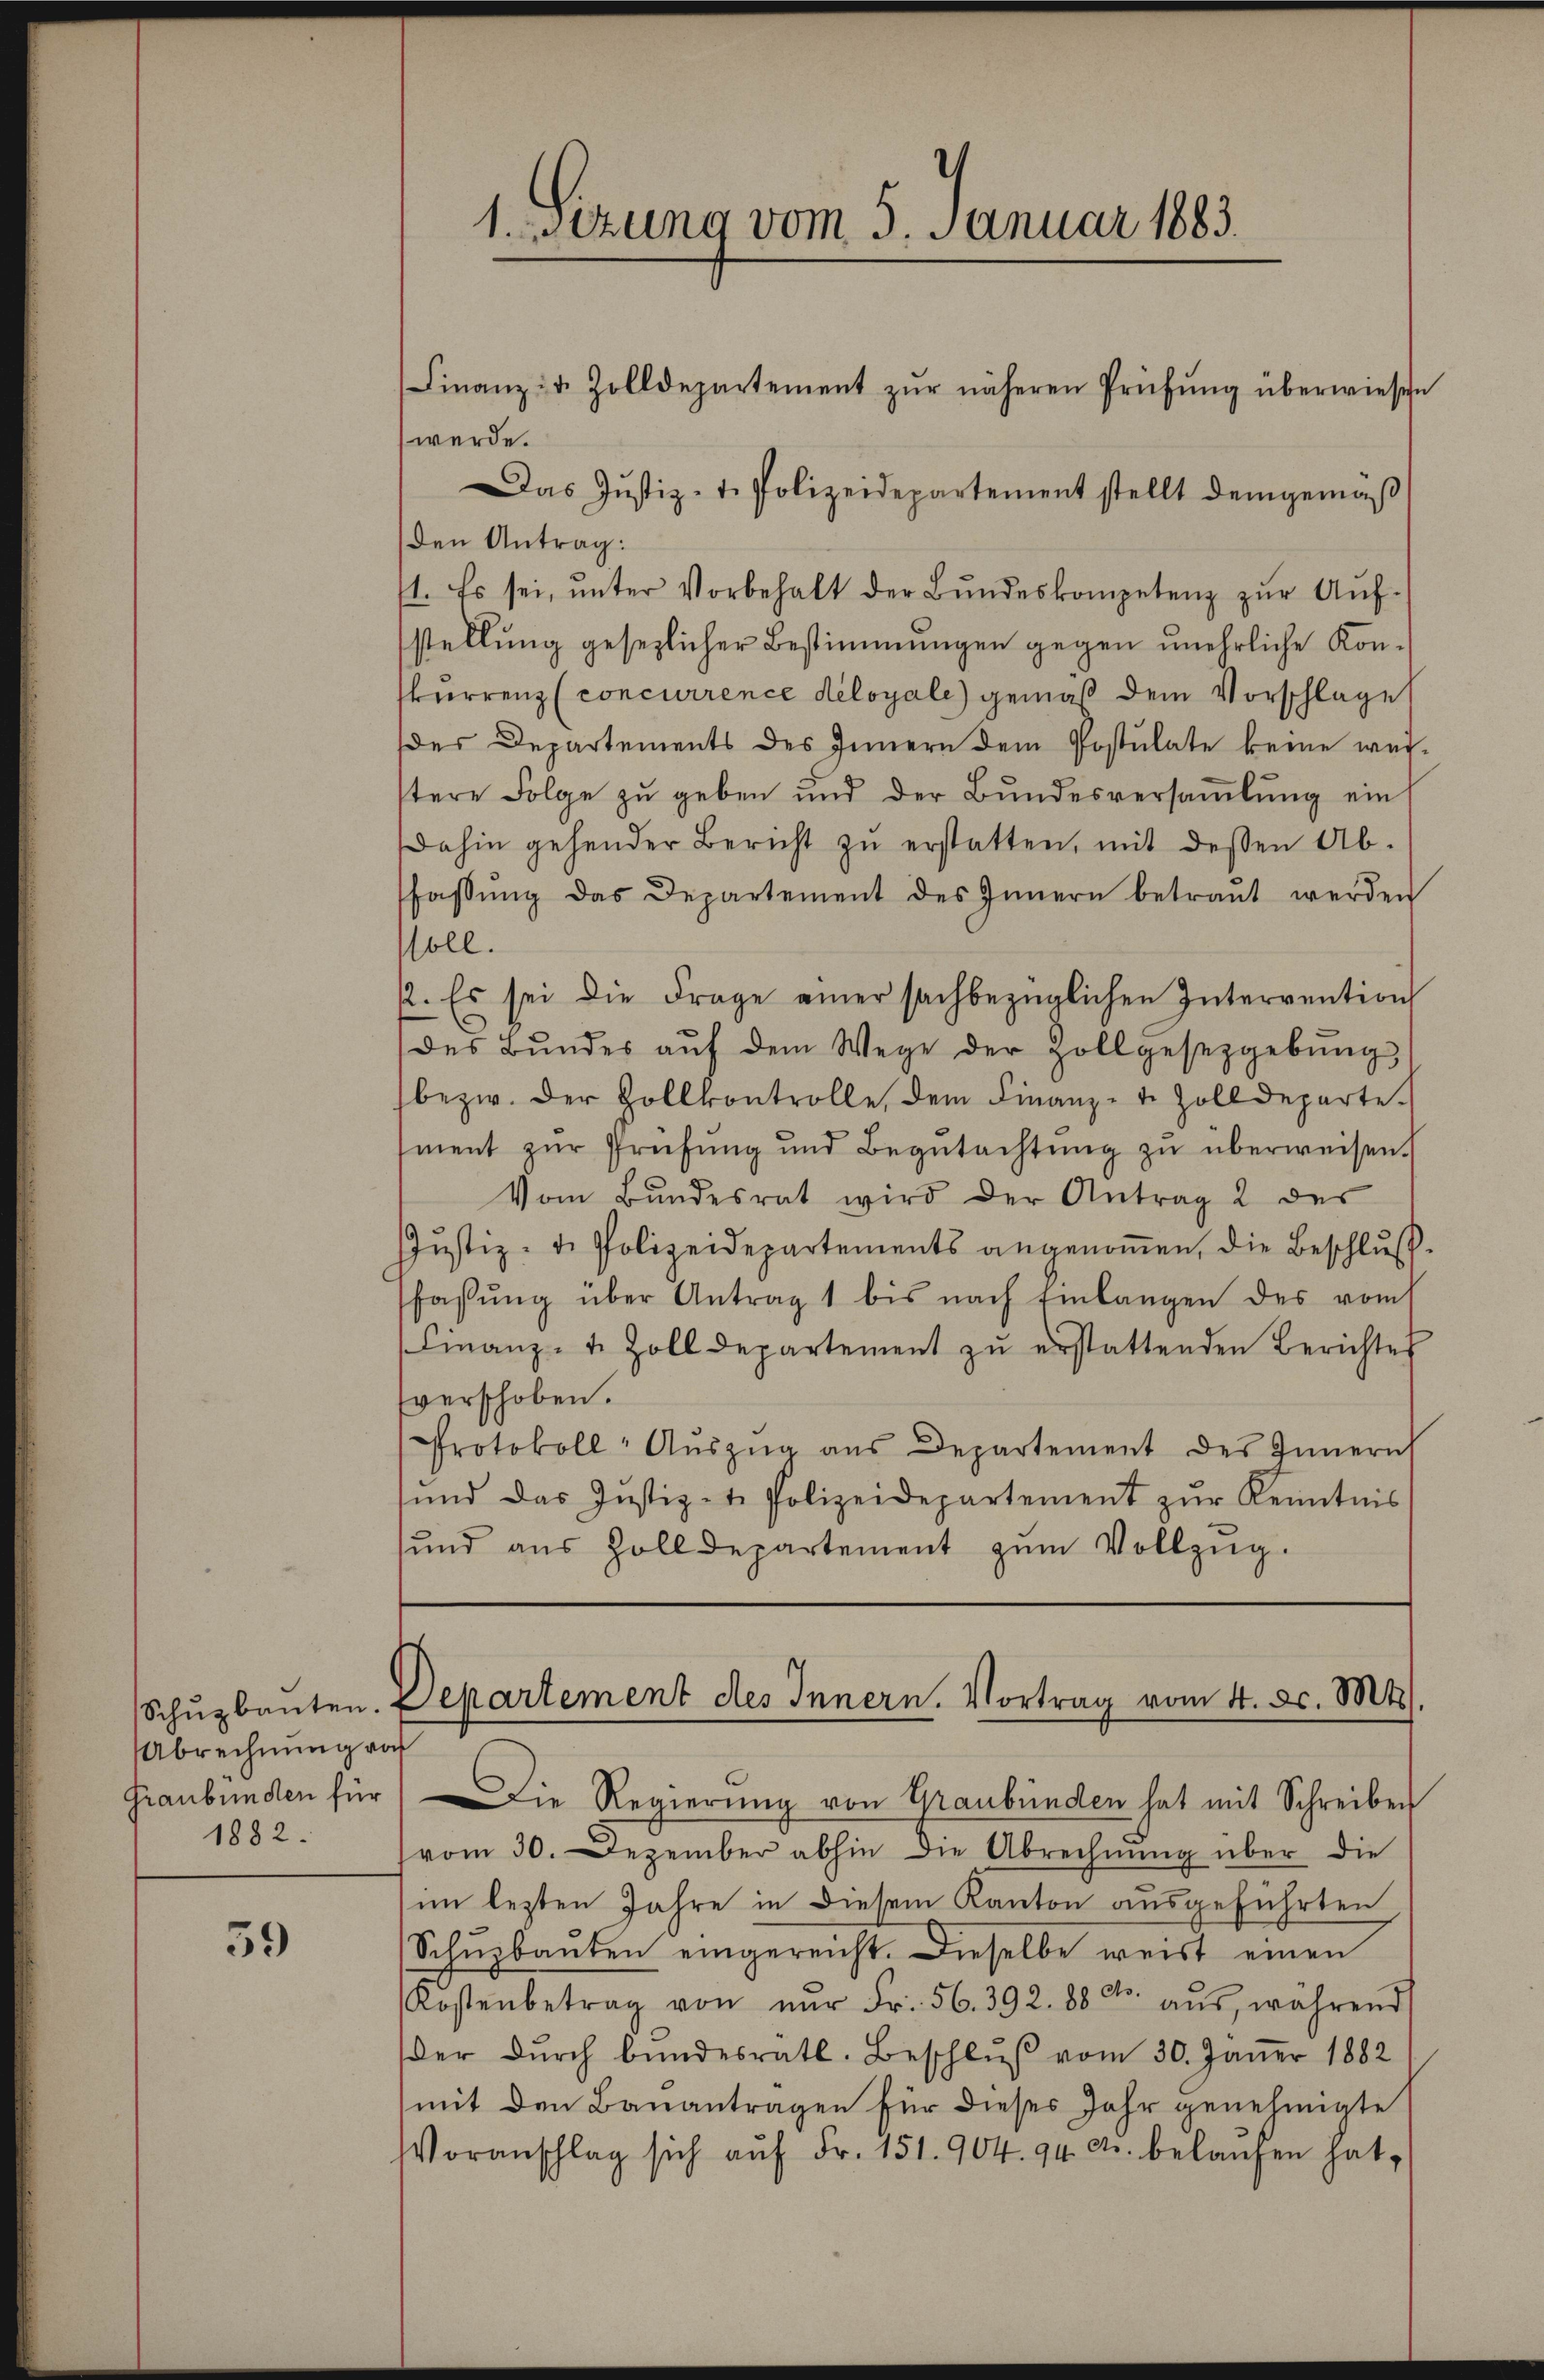
Abrechnung vor
Graubünden für
1882.

59

werde.
Das Jŭstiz-t. Polizeidepartement stellt demgemäβ
den Antrag:
11. Es sei, ŭnter Vorbehalt der Bŭndeskompetenz zŭr Aŭf-
stellung gesezlicher Bestimmungen gegen unehrliche Konkurrenz (concurrence deloyale) gemäß dem Vorschlage
des Departements des Innern dem Postulate keine wei-
tere Folge zŭ geben und der Bŭndesversaṁlŭng ein
dahin gehender Bericht zŭ erstatten, mit dessen Ab-
fassŭng das Departement des Innern betraŭt werden
oll.
12. Es sei die Frage einer sachbezüglichen Interrention
des Bŭndes aŭf dem Wege der Zollgesetzgebŭng
bezw. der Zollkontrolle, dem Finanz-T. Zolldeparte.
ment zŭr Prüfŭng und Begŭtachtŭng zŭ überweisen.
Vom Bŭndesrat wird der Antrag 2 des
Justiz- & Polizeidepartements angenoṁen, die Beschluß.
fassŭng über Antrag 1 bis nach Einlangen des vom
Finanz- u. Zolldepartement zŭ erstattenden Berichtes
sverschoben.
Protokoll-Aŭszŭg aŭs Departement des Innern
sŭnd das Justiz- u. Polizeidepartement zŭr Kenntnis
ŭnd aus Zolldepartement zŭm Vollzŭg.

1. sezung vom 5. Januar 1883.

Finanz- u. Zolldepartement zŭr näheren Prüfŭng überwiesen

Schŭzbauten. Departement des Innern. Vortrag vom 4. d. Mts.

Die Regierung von Graubünden hat mit Schreiben
vom 30. Dezember abhin die Abrechnŭng über die
im lezten Jahre in diesem Kanton ausgeführten
Schŭzbaŭten eingereicht. Dieselbe weist einen
Kostenbetrag von nŭr Fr. 56. 392. 88 dto. aŭs, während
der dŭrch bŭndesrath. Beschlŭβ vom 30. Jäṅer 1882
mit den Bauantragen für dieses Jahr genehmigte
Voranschlag sich aŭf Fr. 151. 904. 94. c. belaŭfen hat,